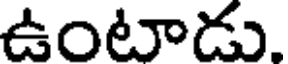
ఉంటాడు.